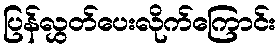
ပြန်လွှတ်ပေးလိုက်ကြောင်း